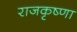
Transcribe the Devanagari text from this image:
राजकृष्णा